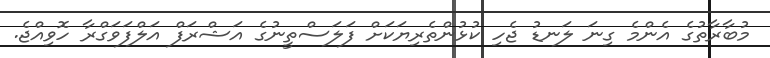
މުބާރާތުގެ އެންމެ ގިނަ ލަނޑު ޖެހި ކުޅުންތެރިޔަކަށް ފަލަސްތީނުގެ އަޝްރަފް އަލްފަވަގްރާ ހޮވިއްޖެ.